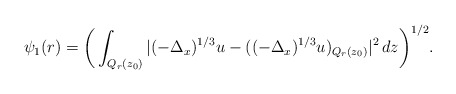
\begin{align*} \psi_1 (r) = \bigg(\int_{Q_r (z_0)} |(-\Delta_x)^{1/3} u - ((-\Delta_x)^{1/3} u)_{ Q_r (z_0) }|^2 \, dz\bigg)^{1/2}. \end{align*}